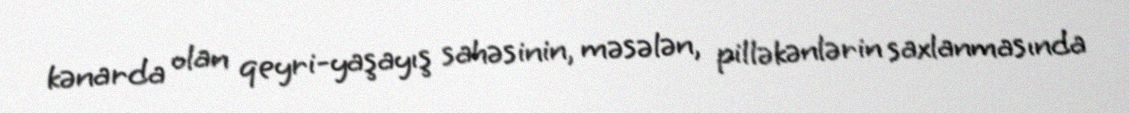
kənarda olan qeyri-yaşayış sahəsinin, məsələn, pilləkənlərin saxlanmasında